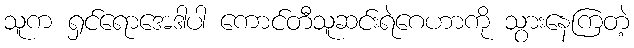
သူက ရှင်ရောအေဒါပါ ကောင်တီသူဆင်းရဲဂေဟာကို သွားနေကြတဲ့